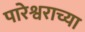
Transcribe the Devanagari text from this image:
पारेश्वराच्या